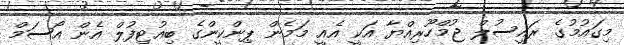
މިގައުމުގެ ރައީސުލް ޖުމްހޫރިއްޔާ އަކީ އެއީ މަމެން ޕިންކީންގެ ބިއުޓިފުލް އެން އޯސަމް